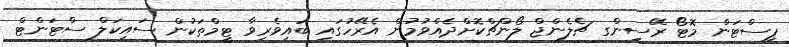
ޕިސްޓަން މޮޓޯ ރޭސިންގ ޗެލެންޖް ލޯންޗްކޮށްދެއްވުމުން އެރޭހުގައި ބައިވެރިވާ ޓީމްތަކުން ސައިކަލް ސްޓަންޓް